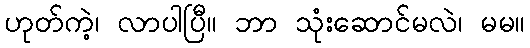
ဟုတ်ကဲ့၊ လာပါပြီ။ ဘာ သုံးဆောင်မလဲ၊ မမ။